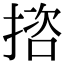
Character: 𢱆